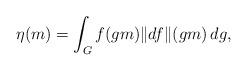
LaTeX: \begin{align*} \eta(m) =\int_G f(gm)\|df\|(gm) \, dg,\end{align*}